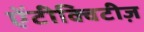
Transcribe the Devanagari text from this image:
ऐंटीक्विटीज़